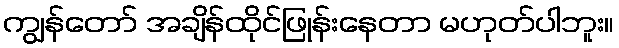
ကျွန်တော် အချိန်ထိုင်ဖြုန်းနေတာ မဟုတ်ပါဘူး။